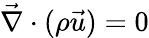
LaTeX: \vec{\nabla}\cdot(\rho\vec{u})=0